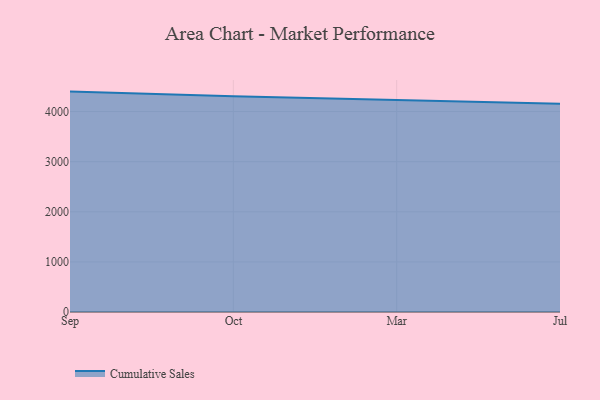
{"axis": {"x": "Month", "y": "Humidity (%)"}, "legend": ["Cumulative Sales"], "data": [{"x": "Sep", "y": 4397.9, "type": "Cumulative Sales"}, {"x": "Oct", "y": 4304.5, "type": "Cumulative Sales"}, {"x": "Mar", "y": 4230.7, "type": "Cumulative Sales"}, {"x": "Jul", "y": 4156.1, "type": "Cumulative Sales"}]}